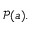
{ \mathcal { P } } ( a ) .